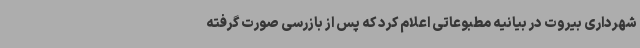
شهرداری بیروت در بیانیه مطبوعاتی اعلام کرد که پس از بازرسی صورت گرفته